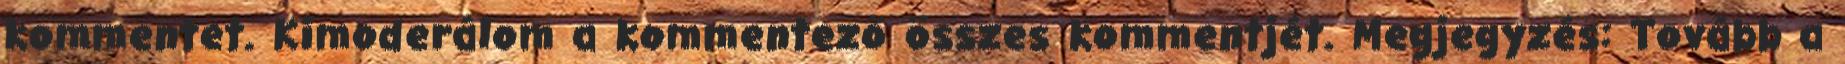
kommentet. Kimoderálom a kommentező összes kommentjét. Megjegyzés: Tovább a